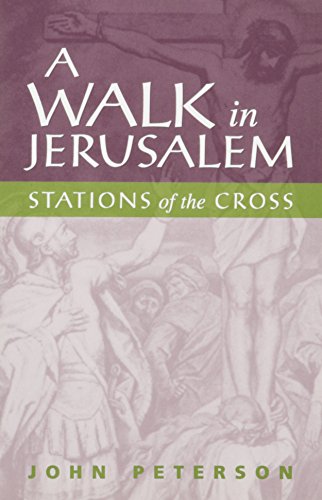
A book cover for A Walk in Jerusalem: Stations of the Cross; John Peterson; Travel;